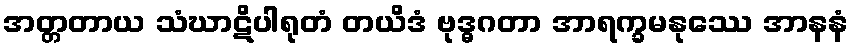
အတ္တတာယ သံဃာဋိပါရုတံ တယိဒံ ဗုဒ္ဓဂတာ အာရက္ခမနုဿေ အာနနံ